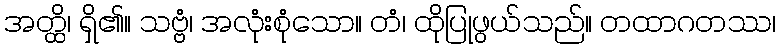
အတ္ထိ၊ ရှိ၏။ သဗ္ဗံ၊ အလုံးစုံသော။ တံ၊ ထိုပြုဖွယ်သည်။ တထာဂတဿ၊